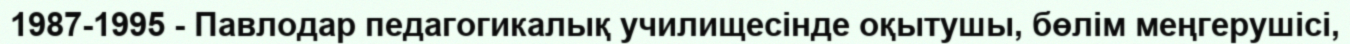
1987-1995 - Павлодар педагогикалық училищесінде оқытушы, бөлім меңгерушісі,